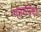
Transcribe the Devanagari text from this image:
गावापेक्षा